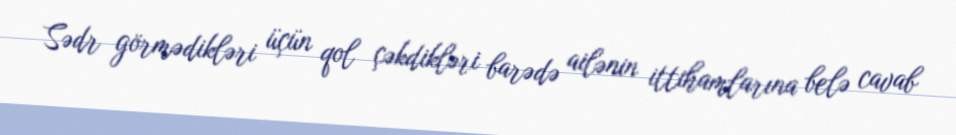
Sədr görmədikləri üçün qol çəkdikləri barədə ailənin ittihamlarına belə cavab